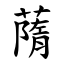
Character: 䔺